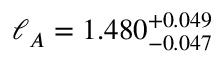
\ell _ { A } = 1 . 4 8 0 _ { - 0 . 0 4 7 } ^ { + 0 . 0 4 9 }